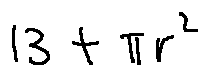
1 3 + \pi r ^ { 2 }